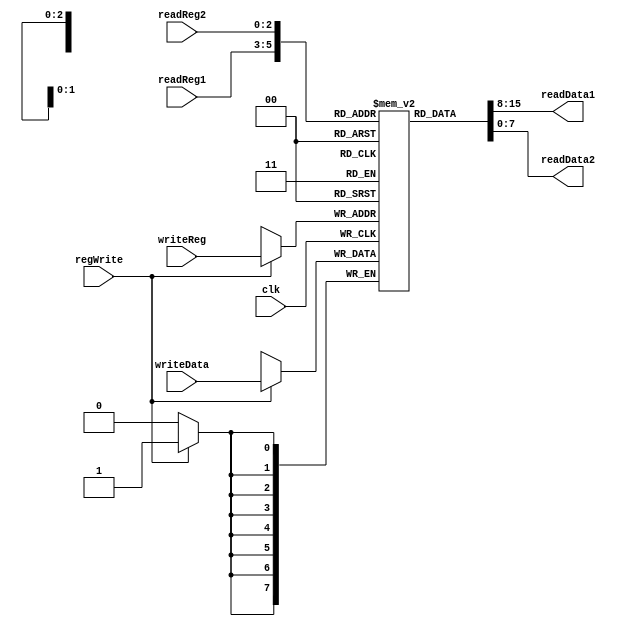
`timescale 1ns / 1ps

module RegisterFile (
    input clk,
    input [2:0] readReg1, readReg2, writeReg,
    input [7:0] writeData,
    input regWrite,
    output [7:0] readData1, readData2
);
    reg [7:0] registers [7:0];

    always @(posedge clk) begin
        if (regWrite)
            registers[writeReg] <= writeData;
    end

    assign readData1 = registers[readReg1];
    assign readData2 = registers[readReg2];
endmodule